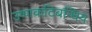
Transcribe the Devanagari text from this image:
उष्णकटिबन्धिय